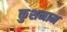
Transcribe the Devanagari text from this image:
कुशनाम